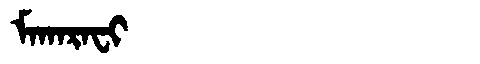
Manchu: ᠮᠠᡴᠠᡵᠠᠸᡳ
Romanization: MAKARAFI